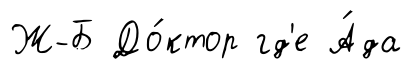
Ж-Б До́ктор гд'е А́да